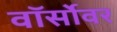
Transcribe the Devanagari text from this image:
वॉर्सोवर